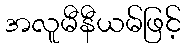
အလူမီနီယမ်ဖြင့်